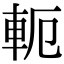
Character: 軛